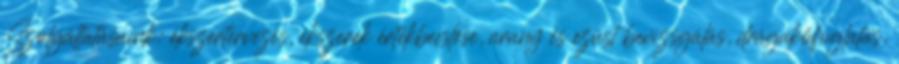
Szolgáltatásaink: ékszertervezés, ékszerek értékbecslése, arany és ezüst bevizsgálás, drágakőfoglalás,